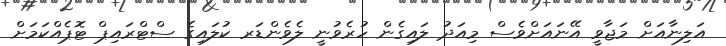
އަލިނާއަށް މަޖާވީ އޭނައަށްވެސް މިއަދު ލައިގެން ހުރެވުނީ ލެވެންޑަރ ކުލައިގެ ސްޓްރައިޕް ޓޮޕެއްކަމަށް